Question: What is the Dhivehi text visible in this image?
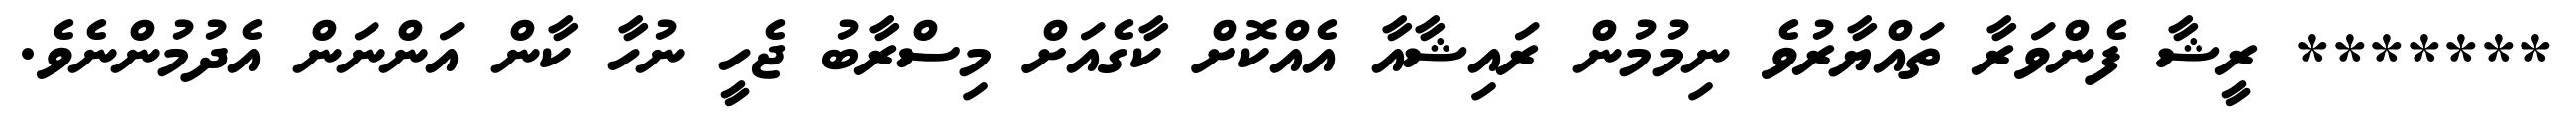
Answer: ******* ރީޝާ ފެންވަރާ ތައްޔާރުވެ ނިމުމުން ރައިޝާއާ އެއްކޮށް ކާގެއަށް މިސްރާބު ޖެހީ ނުހާ ކާން އަންނަން އެދުމުންނެވެ.